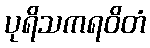
ပုရိသကရဝိတံ